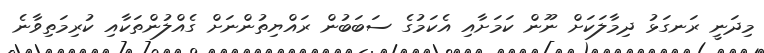
މިދަނީ ރަނގަޅު ދިމާލަކަށް ނޫން ކަމަށާއި އެކަމުގެ ސަބަބުން ރައްޔިތުންނަށް ގެއްލުންތަކާއި ކުރިމަތިވާނެ